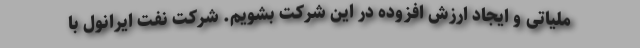
ملیاتی و ایجاد ارزش افزوده در این شرکت بشویم. شرکت نفت ایرانول با